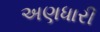
અણધારી